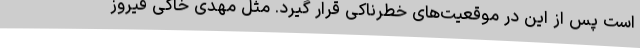
است پس از این در موقعیت‌های خطرناکی قرار گیرد. مثل مهدی خاکی فیروز